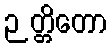
ဉတ္တိတော